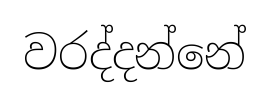
වරද්දන්නේ